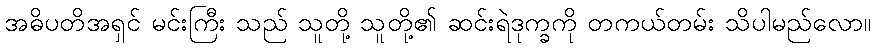
အဓိပတိအရှင် မင်းကြီး သည် သူတို့ သူတို့၏ ဆင်းရဲဒုက္ခကို တကယ်တမ်း သိပါမည်လော။